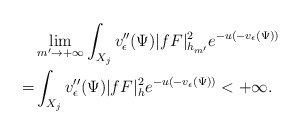
\begin{align*}&\lim_{m'\to+\infty}\int_{X_j}v''_{\epsilon}(\Psi)|fF|^2_{h_{m'}} e^{-u(-v_{\epsilon}(\Psi))}\\=&\int_{X_j}v''_{\epsilon}(\Psi)|fF|^2_h e^{-u(-v_{\epsilon}(\Psi))}<+\infty.\end{align*}